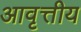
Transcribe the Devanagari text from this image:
आवृत्तीय